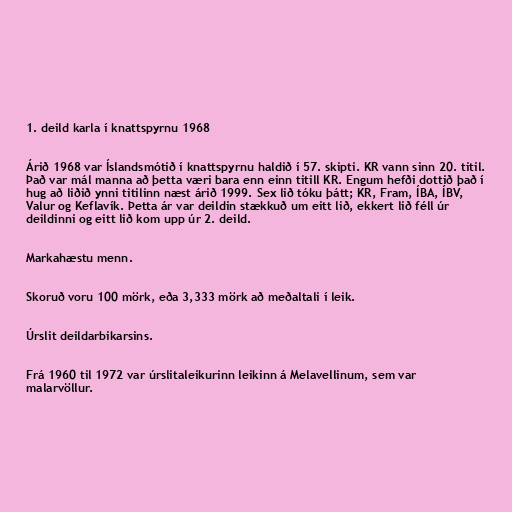
1. deild karla í knattspyrnu 1968

Árið 1968 var Íslandsmótið í knattspyrnu haldið í 57. skipti. KR vann sinn 20. titil.
Það var mál manna að þetta væri bara enn einn titill KR. Engum hefði dottið það í
hug að liðið ynni titilinn næst árið 1999. Sex lið tóku þátt; KR, Fram, ÍBA, ÍBV,
Valur og Keflavík. Þetta ár var deildin stækkuð um eitt lið, ekkert lið féll úr
deildinni og eitt lið kom upp úr 2. deild.

Markahæstu menn.

Skoruð voru 100 mörk, eða 3,333 mörk að meðaltali í leik.

Úrslit deildarbikarsins.

Frá 1960 til 1972 var úrslitaleikurinn leikinn á Melavellinum, sem var
malarvöllur.